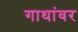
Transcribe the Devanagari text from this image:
गाथांवर